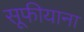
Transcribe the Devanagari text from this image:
सूफीयाना